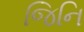
જિનિ